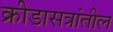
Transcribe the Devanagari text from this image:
क्रीडासत्रांतील